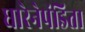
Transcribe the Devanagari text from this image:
धारेनेपंडिता